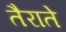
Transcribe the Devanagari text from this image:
तैराते